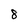
Character: 8